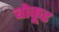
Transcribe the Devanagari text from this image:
बोकूड